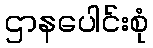
ဌာနပေါင်းစုံ